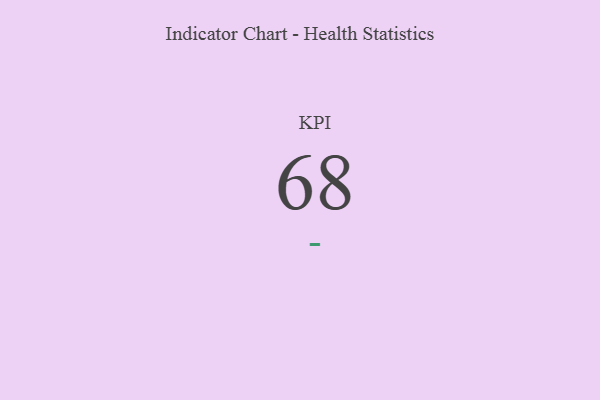
{"axis": {"x": "KPI", "y": "Value"}, "legend": [""], "data": [{"x": "KPI", "y": 68, "type": ""}]}